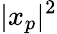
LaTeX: |x_{p}|^{2}